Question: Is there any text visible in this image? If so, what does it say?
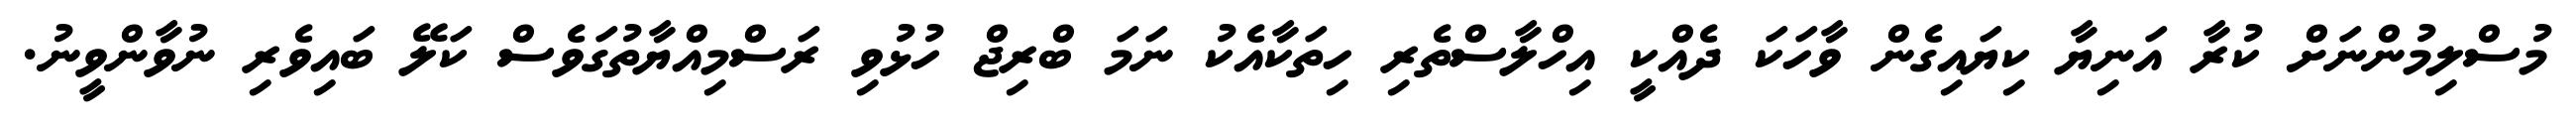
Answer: މުސްލިމުންނަށް ކުރާ އަނިޔާ ކިޔައިގެން ވާހަކަ ދެއްކީ އިހްލާސްތެރި ހިތަކާއެކު ނަމަ ބްރިޖް ހުޅުވި ރަސްމިއްޔާތުގަވެސް ކަލޭ ބައިވެރި ނުވާންވީނު.